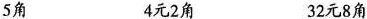
5角 4元2角 32元8角